Vaccination North-Western Provinces and Oudh 1896-1901 - 1896-1901
Year: 1896
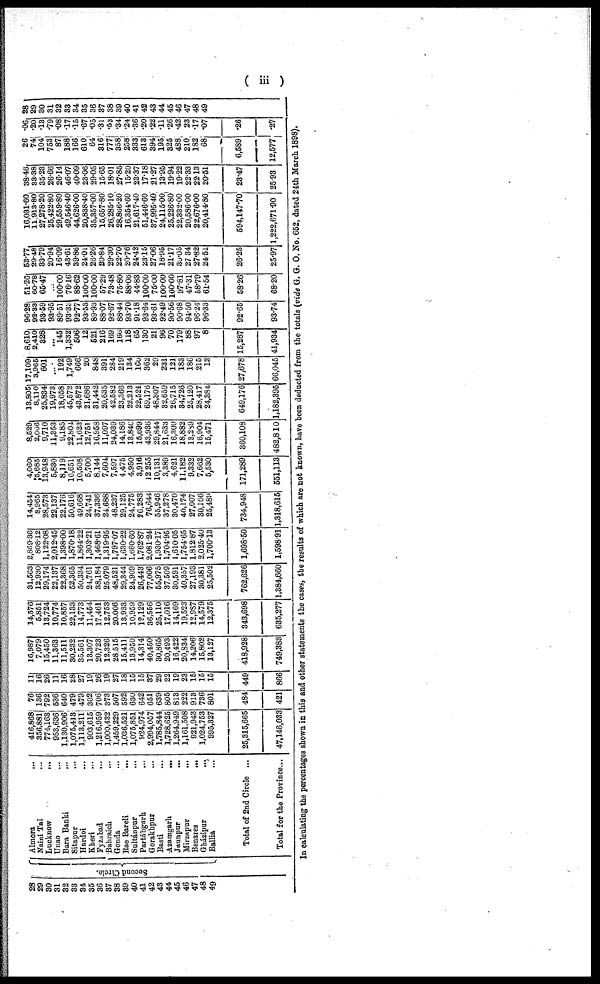
( iii )
28
29
30
31
32
33
34
35
36
37
38
39
40
41
42
43
44
45
46
47
48
49
Second Circle.
Almora
...
Naini Tal ...
Lucknow ...
Unao ...
Bara Banki
...
Sitapur
...
Hardoe
...
Kheri ...
Fyzabad ...
Bahraich ...
Gonda ...
Rae Bareli ...
Sultánpur
...
Partábgarh ...
Gorakhpur ...
Basti
...
Azamgarh
...
Jaunpur
...
Mirzapur
...
Benares
...
Gházipur
...
Ballia ...
Total of 2nd Circle ...
Total for the Province...
416,868
356,881
774,163
953,636
1,130,906
1,075,413;
1,113,211
903,615
1,216,959
1,000,432
1,459,229
1,036,521
1,075,851
924,974
2,994,057
1,785,844
1,728,625
1,264,949
1,161,508
921,943
1,024,753
995,327
25,315,665
47,146,033
76
136
792
536
640
479
479
302
706
373
507
592
630
642
651
639
805
813
222
913
736
801
484
421
11
16
26
11
16
28
27
19
26
19
27
18
15
15
37
29
22
19
23
15
15
15
449
866
16,987
7,079
15,450
11,363
11,511
30,232
35,561
13,307
20,723
12,326
28,515
15,411
13,950
14,314
40,450
30,865
20,493
16,422
20,834
14,206
15,802
13,127
418,928
749,383
14,576
5,851
13,724
10,774
10,857
22,133
14,773
11,454,
17,461
12,753
20,006
13,933
10,959
12,129
36,556
25,110
17,016
14,169
19,523
12.987
14,579
12,375
343,698
635,277
31,563
12,930
29,174
22,137
22,368
52,365
50,334
24,761
38,184
25,079
48,521
29,344
24,909
26,443
77,006
55,975
37,509
30,591
40,357
27,193
30,381
25,502
762,626
1,384,660
2,869.36
808.12
1,122.08
2,012.45
1,398.00
1,870.18
1,864.22
1,303.21
1,468.61
1,319.95
1,797.07
1,630.22
1,660.60
1,762.87
2,081.24
1,930.17
1,704.95
1,610.05
1,754.65
1,812.87
2,025.40
1,700.13
1,698.50
1,598.91
14,454
8,965
28,573
22,137
22,176
50,616
49,668
24,741
37,336
24,688
48,237
29,125
24,775
26,283
76,644
55,946
37,278
30,470
40,174
27,007
30,166
25,489
734,948
1,318,615
4,060
5,685
13,948
5,830
8,119
16,651
10,508
5,700
8,144
7,604
7,597
4,475
4,950
3,916
12,255
10,131
3,389
4,621
11,182
9,332
7,662
5,530
171,289
551,113
8,529
2,066
9,710
11,353
9,185
22,804
11,623
12,751
16,958
11,097
24,039
14,186
13,840
15,699
43,936
29,844
21,633
16,309
18,882
13,289
16,904
15,471
360,108
482,810
13,805
8,110
25,834
19,973
18,058
45,572
43,872
21,686
31,442
20,635
42,582
23,366
22,213
22,524
69,176
48,307
32,659
26,715
34,726
25,120
28,417
24,384
649,176
1,182,395
17,109
3,965
601
...
192
1,749
666
20
848
391
284
219
134
160
362
29
231
121
183
186
215
13
27,678
66,045
8,610
2,410
328
...
145
1,332
506
12
521
216
169
166
118
65
130
21
96
70
179
88
97
8
15,287
41,934
96.28
92.33
93.59
93.95
89.51
93.33
92.77
93.53
89.93
88.07
92.67
88.44
93.70
91.18
93.64
93.61
92.49
90.56
90.68
94.50
96.24
96.33
92.65
93.74
51.26
60.78
65.47
...
100.00
76.16
88.62
100.00
100.00
57.29
73.48
75.80
88.06
44.83
100.00
75.00
100.00
100.00
97.81
47.31
58.79
61.54
58.26
68.20
53.77
29.48
33.79
20.94
16.09
43.61
39.86
24.01
26.26
20.84
29.30
22.70
20.76
24.42
23.15
27.06
18.95
21.17
30.05
27.34
27.82
24.51
26.25
25.97
16,031.60
11,913.80
27,278.20
25,422.80
29,559.80
49,546.40
44,626.00
20,838.40
35,357.00
15,657.80
26,285.10
28,866.20
16,354.60
21,617.40
51,446.60
37,995.40
24,115.00
25,226.80
22,332.00
20,586.00
22,676.00
20,414.80
594,147.70
1,222,671.90
38.46
33.38
35.23
26.66
26.14
46.07
40.09
23.06
29.05
15.65
18.01
27.85
15.20
23.37
17.18
21.27
13.95
19.94
19.22
22.33
22.13
20.51
23.47
25.93
26
74
104
753
87
188
166
610
64
316
777
358
258
333
613
394
195
325
488
210
182
68
6,589
12,577
.06
.20
.13
.79
.08
.17 .15
.67
.05
.31
.53
.34
.24
.36
.20
.22
.11
.26
.42
23
.17
.07
.26
.27
28
29
30
31
32
33
34
35
36
37
38
39
40
41
42
43
44
45
46
47
48
49
In calculating the percentages shown in this and other statements the cases, the results of which are not known, have been deducted from the totals (vide G. G. O. No. 652, dated 24th March 1898).